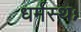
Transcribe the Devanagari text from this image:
धर्मस्थः